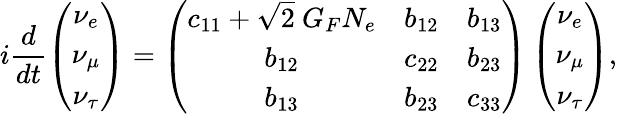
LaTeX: i\frac{d}{dt}\left(\begin{array}{c}{{\nu_{e}}}\\ {{\nu_{\mu}}}\\ {{\nu_{\tau}}}\end{array}\right)=\left(\begin{array}{ccc}{{c_{11}+\sqrt{2}\ G_{F}N_{e}}}&{{b_{12}}}&{{b_{13}}}\\ {{b_{12}}}&{{c_{22}}}&{{b_{23}}}\\ {{b_{13}}}&{{b_{23}}}&{{c_{33}}}\end{array}\right)\left(\begin{array}{c}{{\nu_{e}}}\\ {{\nu_{\mu}}}\\ {{\nu_{\tau}}}\end{array}\right),